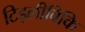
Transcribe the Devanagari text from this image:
टिड्लीविकि